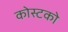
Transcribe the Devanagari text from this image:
कोस्‍टको